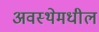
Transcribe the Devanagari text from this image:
अवस्थेमधील